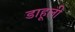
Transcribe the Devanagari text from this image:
डाहूली